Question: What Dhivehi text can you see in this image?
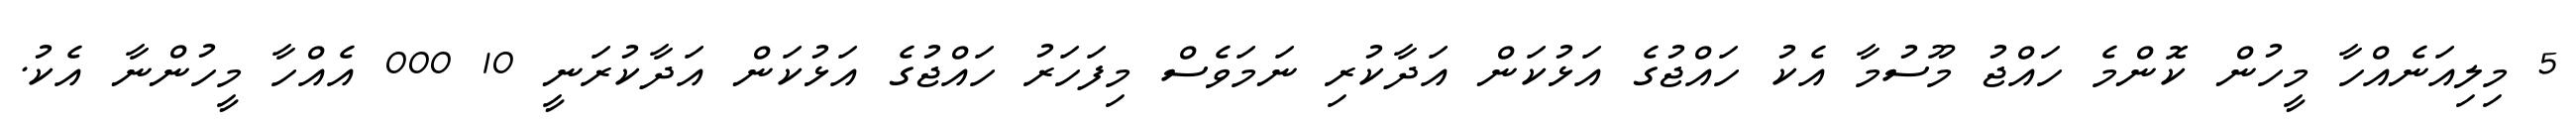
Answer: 5 މިލިއަނެއްހާ މީހުން ކޮންމެ ހައްޖު މޫސުމާ އެކު ހައްޖުގެ އަޅުކަން އަދާކުރި ނަމަވެސް މިފަހަރު ހައްޖުގެ އަޅުކަން އަދާކުރަނީ 10 000 އެއްހާ މީހުންނާ އެކު.